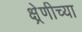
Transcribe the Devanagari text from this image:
क्ष्रेणीच्या